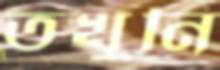
তখুনি